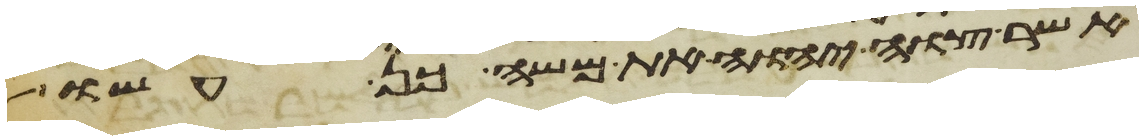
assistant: אשר צוה יהוה את משה כן עשו